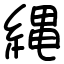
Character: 縄